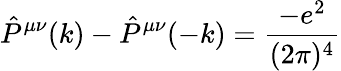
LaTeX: \hat{P}^{\mu\nu}(k)-\hat{P}^{\mu\nu}(-k)=\frac{-e^{2}}{(2\pi)^{4}}